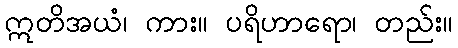
ဣတိအယံ၊ ကား။ ပရိဟာရော၊ တည်း။